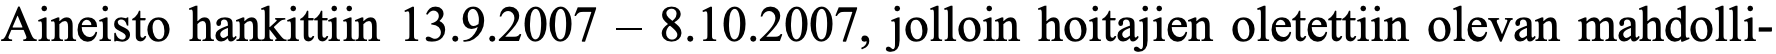
Aineisto hankittiin 13.9.2007 – 8.10.2007, jolloin hoitajien oletettiin olevan mahdolli-